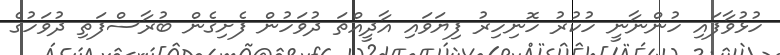
ހުޅުވާފައި ހުންނާނީ ހުކުރު ހޮނިހިރު ފިޔަވައި އާދީއްތަ ދުވަހުން ފެށިގެން ބުރާސްފަތި ދުވަހުގެ